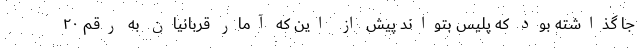
جا گذاشته بود که پلیس بتواند پیش از این که آمار قربانیان به رقم ۲۰